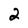
Character: 2